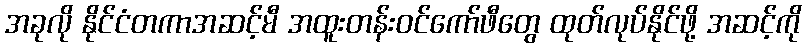
အခုလို နိုင်ငံတကာအဆင့်မီ အထူးတန်းဝင်ကော်ဖီတွေ ထုတ်လုပ်နိုင်ဖို့ အဆင့်ကို